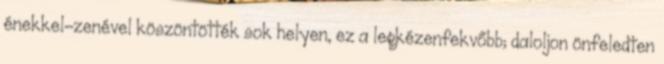
énekkel-zenével köszöntötték sok helyen, ez a legkézenfekvőbb; daloljon önfeledten